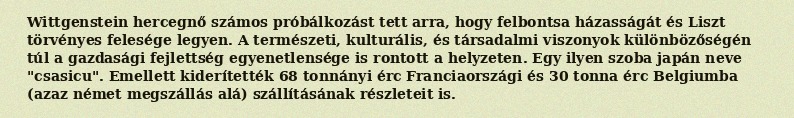
Wittgenstein hercegnő számos próbálkozást tett arra, hogy felbontsa házasságát és Liszt törvényes felesége legyen. A természeti, kulturális, és társadalmi viszonyok különbözőségén túl a gazdasági fejlettség egyenetlensége is rontott a helyzeten. Egy ilyen szoba japán neve "csasicu". Emellett kiderítették 68 tonnányi érc Franciaországi és 30 tonna érc Belgiumba (azaz német megszállás alá) szállításának részleteit is.